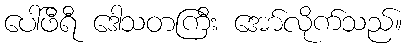
ပေါ်ဖီရီ ဒေါသတကြီး အော်လိုက်သည်။